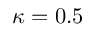
\kappa = 0 . 5